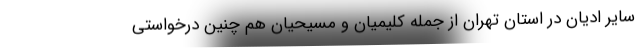
سایر ادیان در استان تهران از جمله کلیمیان و مسیحیان هم چنین درخواستی